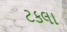
ટકલા